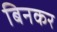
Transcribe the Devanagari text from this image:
बिनकर